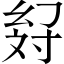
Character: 𢇉